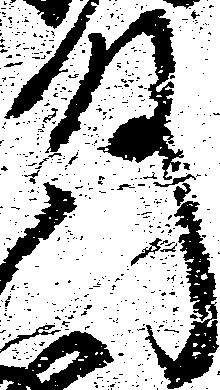
殿